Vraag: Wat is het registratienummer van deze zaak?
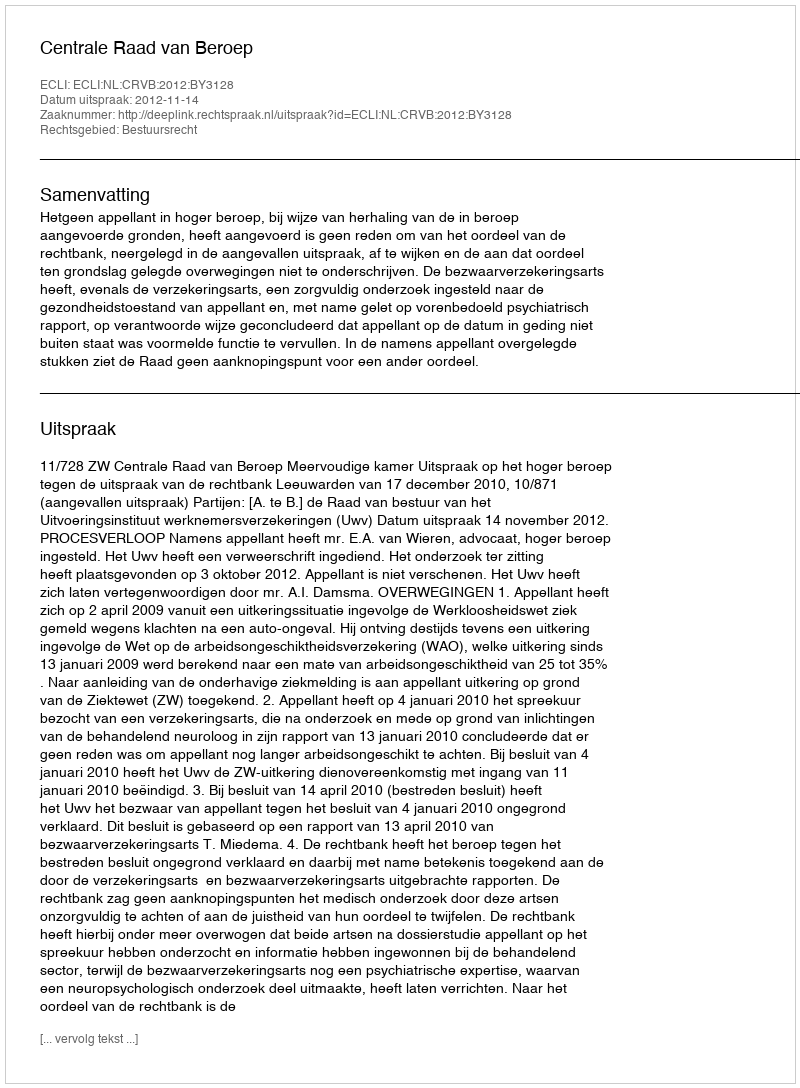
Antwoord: http://deeplink.rechtspraak.nl/uitspraak?id=ECLI:NL:CRVB:2012:BY3128